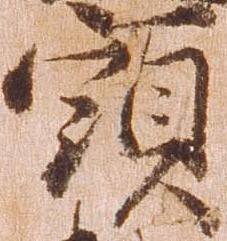
頭